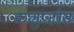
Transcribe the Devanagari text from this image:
कलुप्टोस